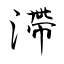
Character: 滯